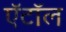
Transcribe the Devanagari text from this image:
ऍटॉल